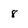
Character: 8